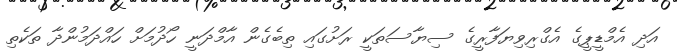
އަދި އެމްޑީޕީގެ އެގްރިވިޔަފާރީގެ ސިޔާސަތަކީ ރަށުގައި ތިބެގެން އާމްދަނީ ހޯދުމަށް ހައްދަމުންދާ ތަކެތި